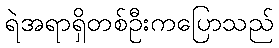
ရဲအရာရှိတစ်ဦးကပြောသည်